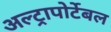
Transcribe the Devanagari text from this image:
अल्ट्रापोर्टेबल